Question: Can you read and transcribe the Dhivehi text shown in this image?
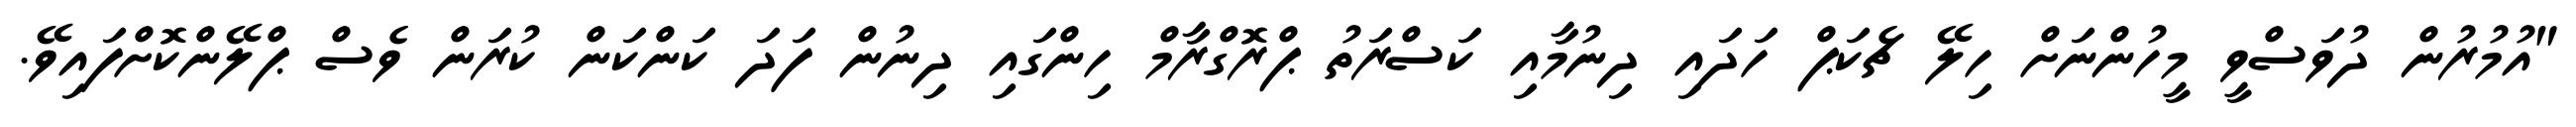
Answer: "އުމުރުން ދުވަސްވީ މީހުންނަށް ހިލޭ ޗެކަޕް ހަދައި ދިނުމާއި ކަސްރަތު ޕްރޮގްރާމް ހިންގައި ދިނުން ފަދަ ކަންކަން ކުރަން ވެސް ޕްލޭންކޮށްފައިވޭ.